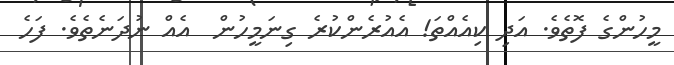
މީހުންގެ ފޮތެވެ. އަދި ކިއެއްތަ! އެއުރެންކުރެ ގިނަމީހުން  އެއް ނުދަނެތެވެ. ފަހެ